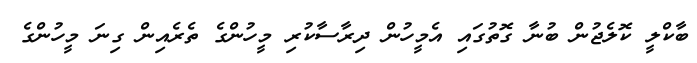
ބާކްލީ ކޮލެޖުން ބުނާ ގޮތުގައި އެމީހުން ދިރާސާކުރި މީހުންގެ ތެރެއިން ގިނަ މީހުންގެ